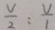
\frac { V } { 2 } : \frac { V } { 1 }